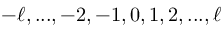
- \ell , . . . , - 2 , - 1 , 0 , 1 , 2 , . . . , \ell